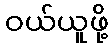
ဝယ်ယူဖို့